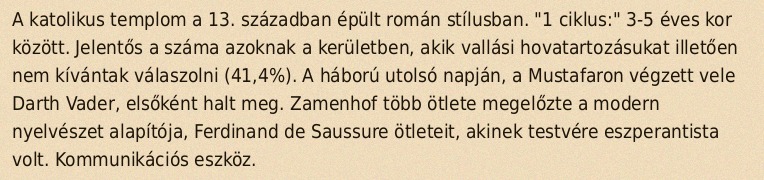
A katolikus templom a 13. században épült román stílusban. "1 ciklus:" 3-5 éves kor között. Jelentős a száma azoknak a kerületben, akik vallási hovatartozásukat illetően nem kívántak válaszolni (41,4%). A háború utolsó napján, a Mustafaron végzett vele Darth Vader, elsőként halt meg. Zamenhof több ötlete megelőzte a modern nyelvészet alapítója, Ferdinand de Saussure ötleteit, akinek testvére eszperantista volt. Kommunikációs eszköz.